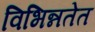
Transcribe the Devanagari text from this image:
विभिन्नतेत